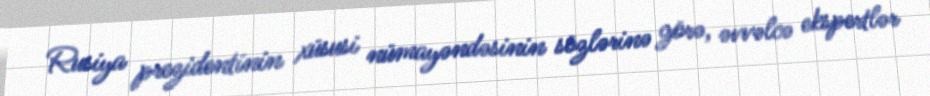
Rusiya prezidentinin xüsusi nümayəndəsinin sözlərinə görə, əvvəlcə ekspertlər